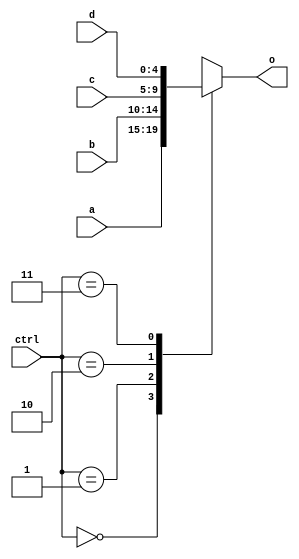
// mux4_1_5.v

module MUX4_1_5(
	input [4:0] a,
	input [4:0] b,
	input [4:0] c,
	input [4:0] d,
	input [1:0] ctrl,
	output [4:0] o
	);

	reg [4:0] zr;
	always @(*) begin
		case (ctrl)
			2'b00: zr <= a;
			2'b01: zr <= b;
			2'b10: zr <= c;
			2'b11: zr <= d;
			default: zr <= 5'bz;
		endcase
	end
	assign o = zr;
	
endmodule